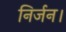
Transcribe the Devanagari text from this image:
निर्जन।